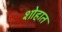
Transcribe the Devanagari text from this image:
शोहात